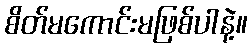
စိတ်မကောင်းမဖြစ်ပါနဲ့။